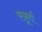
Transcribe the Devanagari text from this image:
स्फ़ूर्त